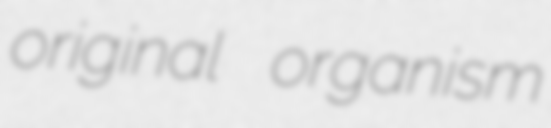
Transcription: original organism